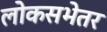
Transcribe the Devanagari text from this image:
लोकसभेतर